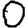
Digit: 0